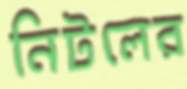
নিটলের